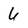
Character: 6